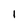
Character: l